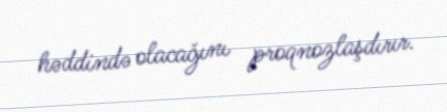
həddində olacağını proqnozlaşdırır.